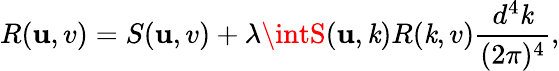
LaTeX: R(\mathbf{u},v)=S(\mathbf{u},v)+\lambda\intS(\mathbf{u},\mathit{k})R(\mathit{k},v)\frac{{d^{4}\mathit{k}}}{{(2\pi)^{4}}},